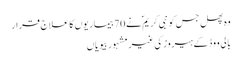
وہ پھل جس کو نبی کریم ؐ نے 70بیماریوں کا علاج قرار
بالی ووڈ کے ہیروز کی غیر مشہور بیویاں